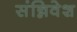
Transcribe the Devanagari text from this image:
संन्निवेश